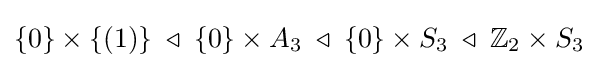
\{0\}\times \{(1)\}\;\triangleleft \;\{0\}\times A_{3}\;\triangleleft \;\{0\}\times S_{3}\;\triangleleft \;\mathbb {Z} _{2}\times S_{3}